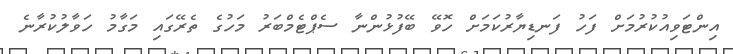
އިންޓަވިއުކުރުމަށް ފަހު ފަނޑިޔާރުކަމަށް ހޮވޭ ބޭފުޅުންނާ ސެޕްޓެމްބަރު މަހުގެ ތެރޭގައި މަގާމު ހަވާލުކުރާނެ